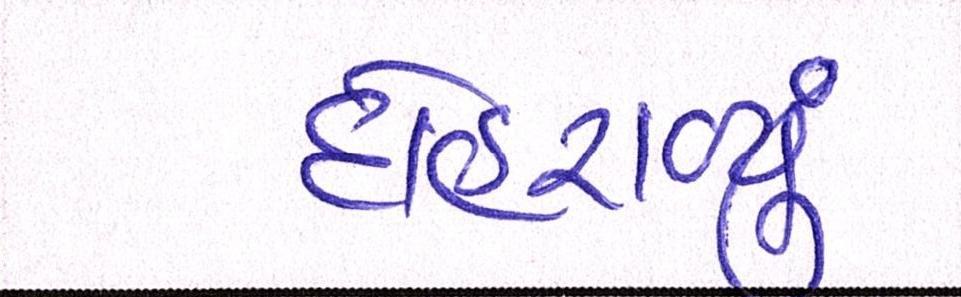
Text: દોહરાવ્યું